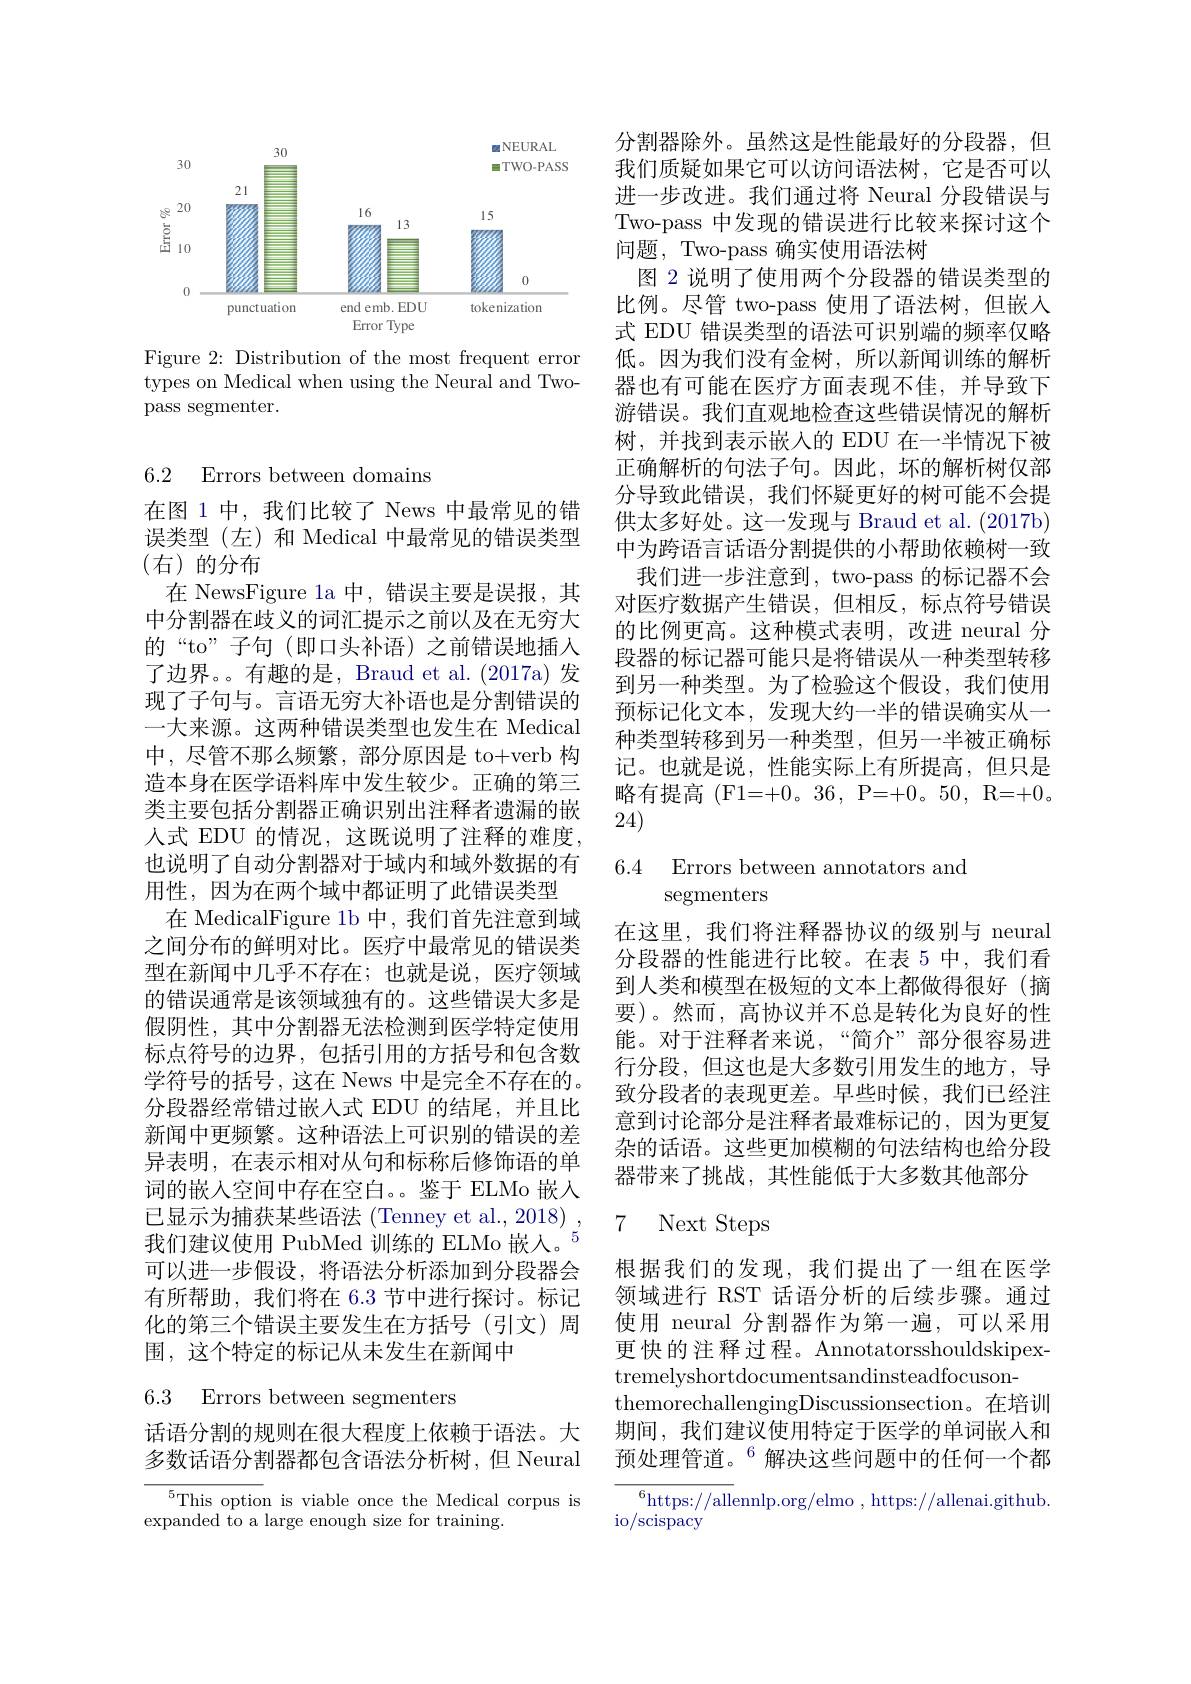
<FigureHere>
Figure 2: Distribution of the most frequent error

types on Medical when using the Neural and Two-
pass segmenter.

# 6.2 Errors between domains

在图 1 中，我们比较了 News 中最常见的错误类型(左)和 Medical 中最常见的错误类型(右)的分布
在 NewsFigure la 中，错误主要是误报，其中分割器在歧义的词汇提示之前以及在无穷大的“to”子句(即口头补语)之前错误地插人了边界。。有趣的是，Braud et al.(2017a)发现了子句与。言语无穷大补语也是分割错误的一大来源。这两种错误类型也发生在 Medical 中，尽管不那么频繁，部分原因是 to+verb 构造本身在医学语料库中发生较少。正确的第三类主要包括分割器正确识别出注释者遗漏的嵌人式 EDU 的情况，这既说明了注释的难度， 也说明了自动分割器对于域内和域外数据的有用性，因为在两个域中都证明了此错误类型
在 MedicalFigure 1b 中，我们首先注意到域之间分布的鲜明对比。医疗中最常见的错误类型在新闻中几乎不存在；也就是说，医疗领域的错误通常是该领域独有的。这些错误大多是假阴性，其中分割器无法检测到医学特定使用标点符号的边界，包括引用的方括号和包含数学符号的括号，这在 News 中是完全不存在的。分段器经常错过嵌人式 EDU 的结尾，并且比新闻中更频繁。这种语法上可识别的错误的差异表明，在表示相对从句和标称后修饰语的单词的嵌入空间中存在空白。。鉴于 ELMo 嵌入已显示为捕获某些语法(Tenney et al., 2018) , 我们建议使用 PubMed 训练的 ELMo 嵌人。$^{5}$ 可以进一步假设，将语法分析添加到分段器会有所帮助，我们将在 6.3 节中进行探讨。标记化的第三个错误主要发生在方括号(引文)周围，这个特定的标记从未发生在新闻中

6.3 Errors between segmenters

话语分割的规则在很大程度上依赖于语法。大多数话语分割器都包含语法分析树，但 Neural

$\overline{{^5\text{This option}}}$ is viable once the Medical corpus is
expanded $\hat\text{to a large enough size for training}.$

分割器除外。虽然这是性能最好的分段器，但我们质疑如果它可以访问语法树，它是否可以进一步改进。我们通过将 Neural 分段错误与Two-pass 中发现的错误进行比较来探讨这个问题，Two-pass 确实使用语法树
图 2 说明了使用两个分段器的错误类型的比例。尽管 two-pass 使用了语法树，但嵌人式 EDU 错误类型的语法可识别端的频率仅略低。因为我们没有金树，所以新闻训练的解析器也有可能在医疗方面表现不佳，并导致下游错误。我们直观地检查这些错误情况的解析树，并找到表示嵌入的 EDU 在一半情况下被正确解析的句法子句。因此，坏的解析树仅部分导致此错误，我们怀疑更好的树可能不会提供太多好处。这一发现与 Braud et al. (2017b) 中为跨语言话语分割提供的小帮助依赖树一致
我们进一步注意到，two-pass 的标记器不会对医疗数据产生错误，但相反，标点符号错误的比例更高。这种模式表明，改进 neural 分段器的标记器可能只是将错误从一种类型转移到另一种类型。为了检验这个假设，我们使用预标记化文本，发现大约一半的错误确实从一种类型转移到另一种类型，但另一半被正确标记。也就是说，性能实际上有所提高，但只是略有提高 (F1=+0。36,P=+0。50,R=+0。24)

6.4 Errors between annotators and
segmenters

在这里，我们将注释器协议的级别与 neural 分段器的性能进行比较。在表 5 中，我们看到人类和模型在极短的文本上都做得很好(摘要)。然而，高协议并不总是转化为良好的性能。对于注释者来说，“简介”部分很容易进行分段，但这也是大多数引用发生的地方，导致分段者的表现更差。早些时候，我们已经注意到讨论部分是注释者最难标记的，因为更复杂的话语。这些更加模糊的句法结构也给分段器带来了挑战，其性能低于大多数其他部分

# 7 Next Steps

根据我们的发现，我们提出了一组在医学领域进行 RST 话语分析的后续步骤。通过使用 neural 分割器作为第一遍，可以采用更快的注释过程。Annotatorsshouldskipextremelyshortdocumentsandinsteadfocuson-
themorechallengingDiscussionsection。在培训期间，我们建议使用特定于医学的单词嵌入和预处理管道。$^{6}$解决这些问题中的任何一个都

${^{6}\text{https://allennlp.org/elmo, https://allenai.github.}}$
io/scispacy